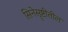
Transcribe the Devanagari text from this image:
सिनेसॄष्टीतील